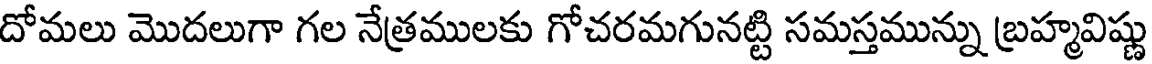
దోమలు మొదలుగా గల నేత్రములకు గోచరమగునట్టి సమస్తమున్ను బ్రహ్మవిష్ణు